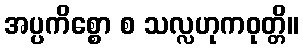
အပ္ပကိစ္စော စ သလ္လဟုကဝုတ္တိ။